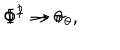
\Phi ^ { 1 } \rightarrow \theta \hspace { 1 . 2 i n } \Phi ^ { 2 } \rightarrow \pi _ { \theta } , \nonumber